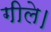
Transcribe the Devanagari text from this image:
गीले।